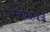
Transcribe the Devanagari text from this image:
सरोरुहवज्र